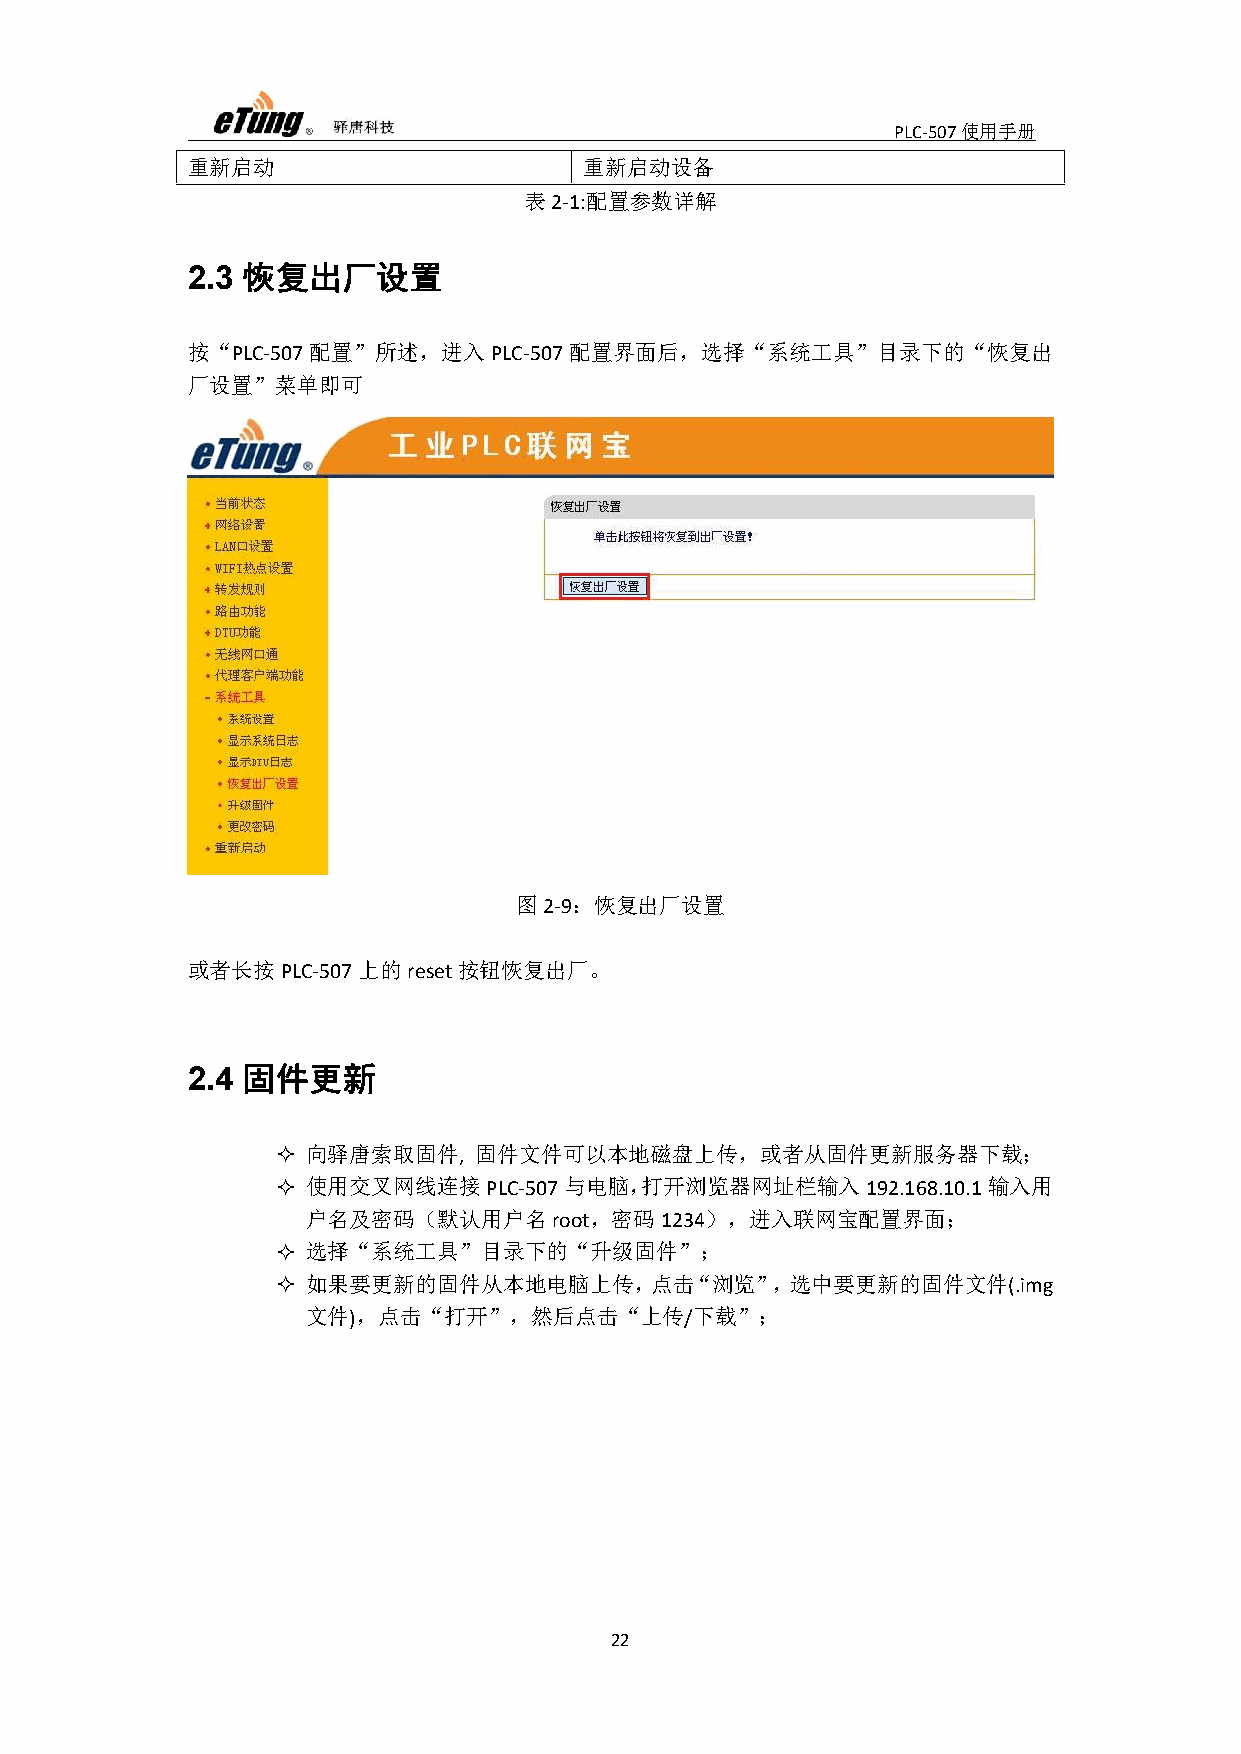
PLC-507使用手册
 重新启动                       重新启动设备
 表2-1:配置参数详解
 恢复出厂设置
 2.3
 按“PLC-507配置”所述，进入PLC-507配置界面后，选择“系统工具”目录下的“恢复出
 厂设置”菜单即可
 图2-9：恢复出厂设置
 或者长按PLC-507上的reset按钮恢复出厂。
 固件更新
 2.4
  向驿唐索取固件,   固件文件可以本地磁盘上传，或者从固件更新服务器下载；
  使用交叉网线连接PLC-507与电脑，打开浏览器网址栏输入192.168.10.1输入用
 户名及密码（默认用户名root，密码1234），进入联网宝配置界面；
  选择“系统工具”目录下的“升级固件”；
  如果要更新的固件从本地电脑上传，点击“浏览”，选中要更新的固件文件(.img
 文件)，点击“打开”，然后点击“上传/下载”；
 22